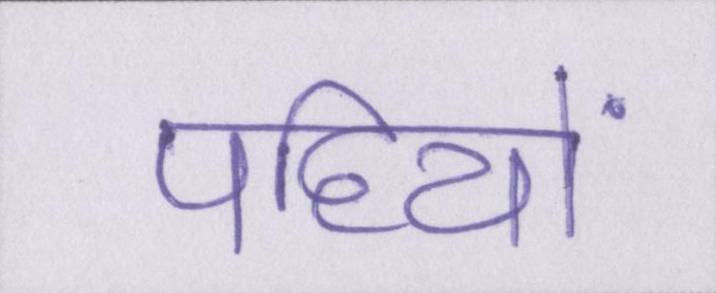
पहियों